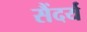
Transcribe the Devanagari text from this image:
सैंदर्य